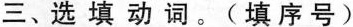
三、选填动词。(填序号)